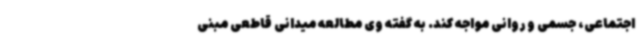
اجتماعی، جسمی و روانی مواجه کند. به گفته وی مطالعه میدانی قاطعی مبنی